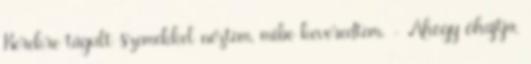
Kerekre tágult szemekkel néztem, mibe keveredtem. - Ahogy óhajtja,